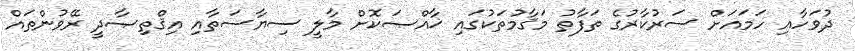
ދުވަހާއި ހަމައަށް ސަރުކާރުގެ ތަފާތު މަޤާމުތަކުގައި ޚާއްޞަކޮށް މާލީ ސިޔާސަތާއި އިޤްތިޞާދީ ރޭވުންތައް